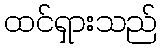
ထင်ရှားသည်